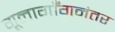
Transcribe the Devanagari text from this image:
गूलागाँगनंतर